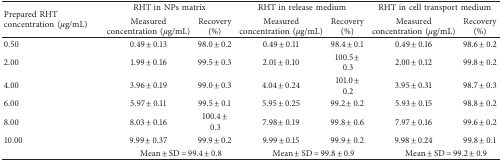
<table><thead><tr><td rowspan="2"><b>Prepared RHT concentration (<i>μ</i>g/mL)</b></td><td colspan="2"><b>RHT in NPs matrix</b></td><td colspan="2"><b>RHT in release medium</b></td><td colspan="2"><b>RHT in cell transport medium</b></td></tr><tr><td><b>Measured concentration (<i>μ</i>g/mL)</b></td><td><b>Recovery (%)</b></td><td><b>Measured concentration (<i>μ</i>g/mL)</b></td><td><b>Recovery (%)</b></td><td><b>Measured concentration (<i>μ</i>g/mL)</b></td><td><b>Recovery (%)</b></td></tr></thead><tbody><tr><td>0.50</td><td>0.49 ± 0.13</td><td>98.0 ± 0.2</td><td>0.49 ± 0.11</td><td>98.4 ± 0.1</td><td>0.49 ± 0.16</td><td>98.6 ± 0.2</td></tr><tr><td>2.00</td><td>1.99 ± 0.16</td><td>99.5 ± 0.3</td><td>2.01 ± 0.10</td><td>100.5 ± 0.3</td><td>2.00 ± 0.12</td><td>99.8 ± 0.2</td></tr><tr><td>4.00</td><td>3.96 ± 0.19</td><td>99.0 ± 0.3</td><td>4.04 ± 0.24</td><td>101.0 ± 0.2</td><td>3.95 ± 0.31</td><td>98.7 ± 0.3</td></tr><tr><td>6.00</td><td>5.97 ± 0.11</td><td>99.5 ± 0.1</td><td>5.95 ± 0.25</td><td>99.2 ± 0.2</td><td>5.93 ± 0.15</td><td>98.8 ± 0.2</td></tr><tr><td>8.00</td><td>8.03 ± 0.16</td><td>100.4 ± 0.3</td><td>7.98 ± 0.19</td><td>99.8 ± 0.6</td><td>7.97 ± 0.16</td><td>99.6 ± 0.2</td></tr><tr><td>10.00</td><td>9.99 ± 0.37</td><td>99.9 ± 0.2</td><td>9.99 ± 0.15</td><td>99.9 ± 0.2</td><td>9.98 ± 0.24</td><td>99.8 ± 0.1</td></tr><tr><td> </td><td colspan="2">Mean ± SD = 99.4 ± 0.8</td><td colspan="2">Mean ± SD = 99.8 ± 0.9</td><td colspan="2">Mean ± SD = 99.2 ± 0.9</td></tr></tbody></table>